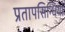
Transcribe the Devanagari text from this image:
प्रतापसिन्धिया